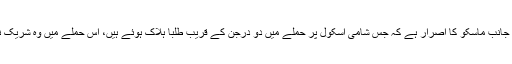
دوسری جانب ماسکو کا اصرار ہے کہ جس شامی اسکول پر حملے میں دو درجن کے قریب طلبا ہلاک ہوئے ہیں، اُس حملے میں وہ شریک نہیں تھا۔